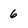
Character: 6